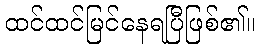
ထင်ထင်မြင်နေရပြီဖြစ်၏။